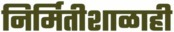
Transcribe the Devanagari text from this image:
निर्मितीशाळाही